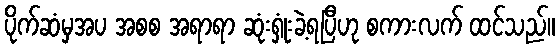
ပိုက်ဆံမှအပ အစစ အရာရာ ဆုံးရှုံးခဲ့ရပြီဟု စကားလက် ထင်သည်။